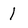
Character: 1